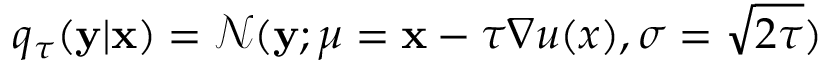
q _ { \tau } ( \mathbf { y } | \mathbf { x } ) = \mathcal { N } ( \mathbf { y } ; \mu = \mathbf { x } - \tau \nabla u ( x ) , \sigma = \sqrt { 2 \tau } )